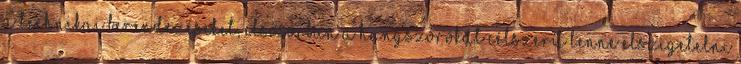
A technikai berendezéseket, elsősorban a hangszórókat célszerű lenne elszigetelni